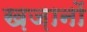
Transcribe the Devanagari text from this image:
ख़ज़ानों